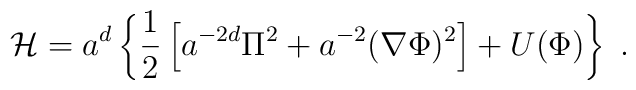
{\cal H} = a^{d}\left\{\frac{1}{2} \left [ a^{-2d}\Pi^{2}+a^{-2}({\bf \nabla}\Phi)^{2}\right ] +U(\Phi)\right\} \; .